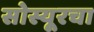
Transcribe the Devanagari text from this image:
सोस्यूरचा